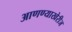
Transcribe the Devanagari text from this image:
आणण्याखेरीज